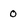
Character: 0